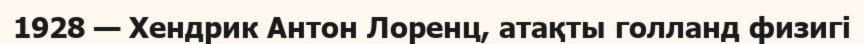
1928 — Хендрик Антон Лоренц, атақты голланд физигі